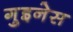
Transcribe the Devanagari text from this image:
गुइनेस